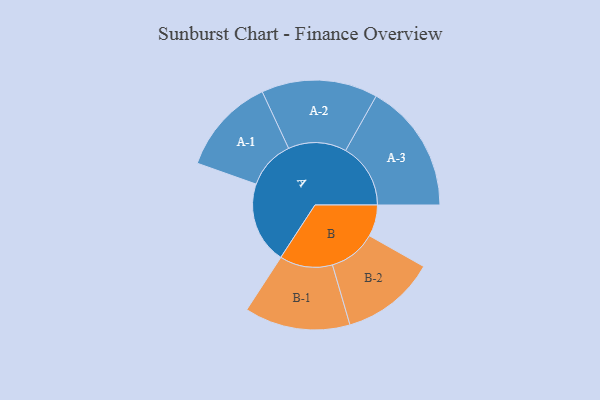
{"axis": {"x": "Segment", "y": "Value"}, "legend": ["", "A", "B"], "data": [{"x": "A", "y": 311, "type": ""}, {"x": "B", "y": 120, "type": ""}, {"x": "A-1", "y": 185, "type": "A"}, {"x": "A-2", "y": 221, "type": "A"}, {"x": "A-3", "y": 247, "type": "A"}, {"x": "B-1", "y": 201, "type": "B"}, {"x": "B-2", "y": 180, "type": "B"}]}